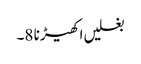
بغلیں اکھیڑنا 8۔